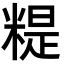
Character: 䊓